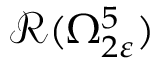
\mathcal { R } ( \Omega _ { 2 \varepsilon } ^ { 5 } )